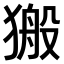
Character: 𤠍